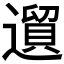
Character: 𲅸